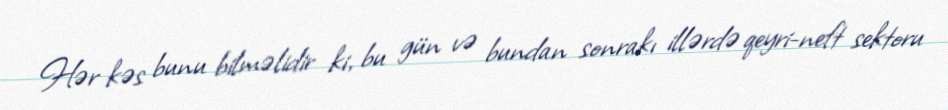
Hər kəs bunu bilməlidir ki, bu gün və bundan sonrakı illərdə qeyri-neft sektoru